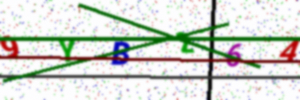
Text: 9YB264